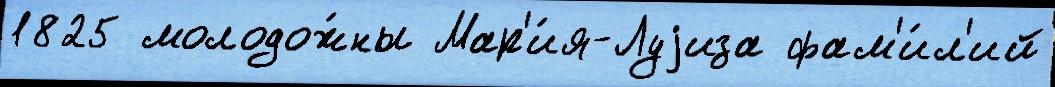
1825 молодож́ны Мар'и́я-Луjиза фам'и́л'ий